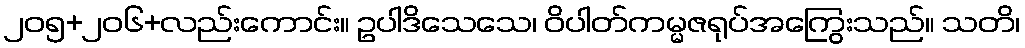
၂၀၅+၂၀၆+လည်းကောင်း။ ဥပါဒိသေသေ၊ ဝိပါတ်ကမ္မဇရုပ်အကြွေးသည်။ သတိ၊